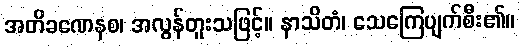
အတိခဏေနစ၊ အလွန်တူးသဖြင့်။ နာသိတံ၊ သေကြေပျက်စီး၏။